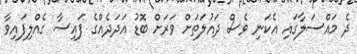
ދެ މައްސަލާގައި އެކަނި ވެސް ދައުލަތަށް ވަރަށް ބޮޑު އަދަދެއްގެ ފައިސާ ގެއްލިފައިވާ